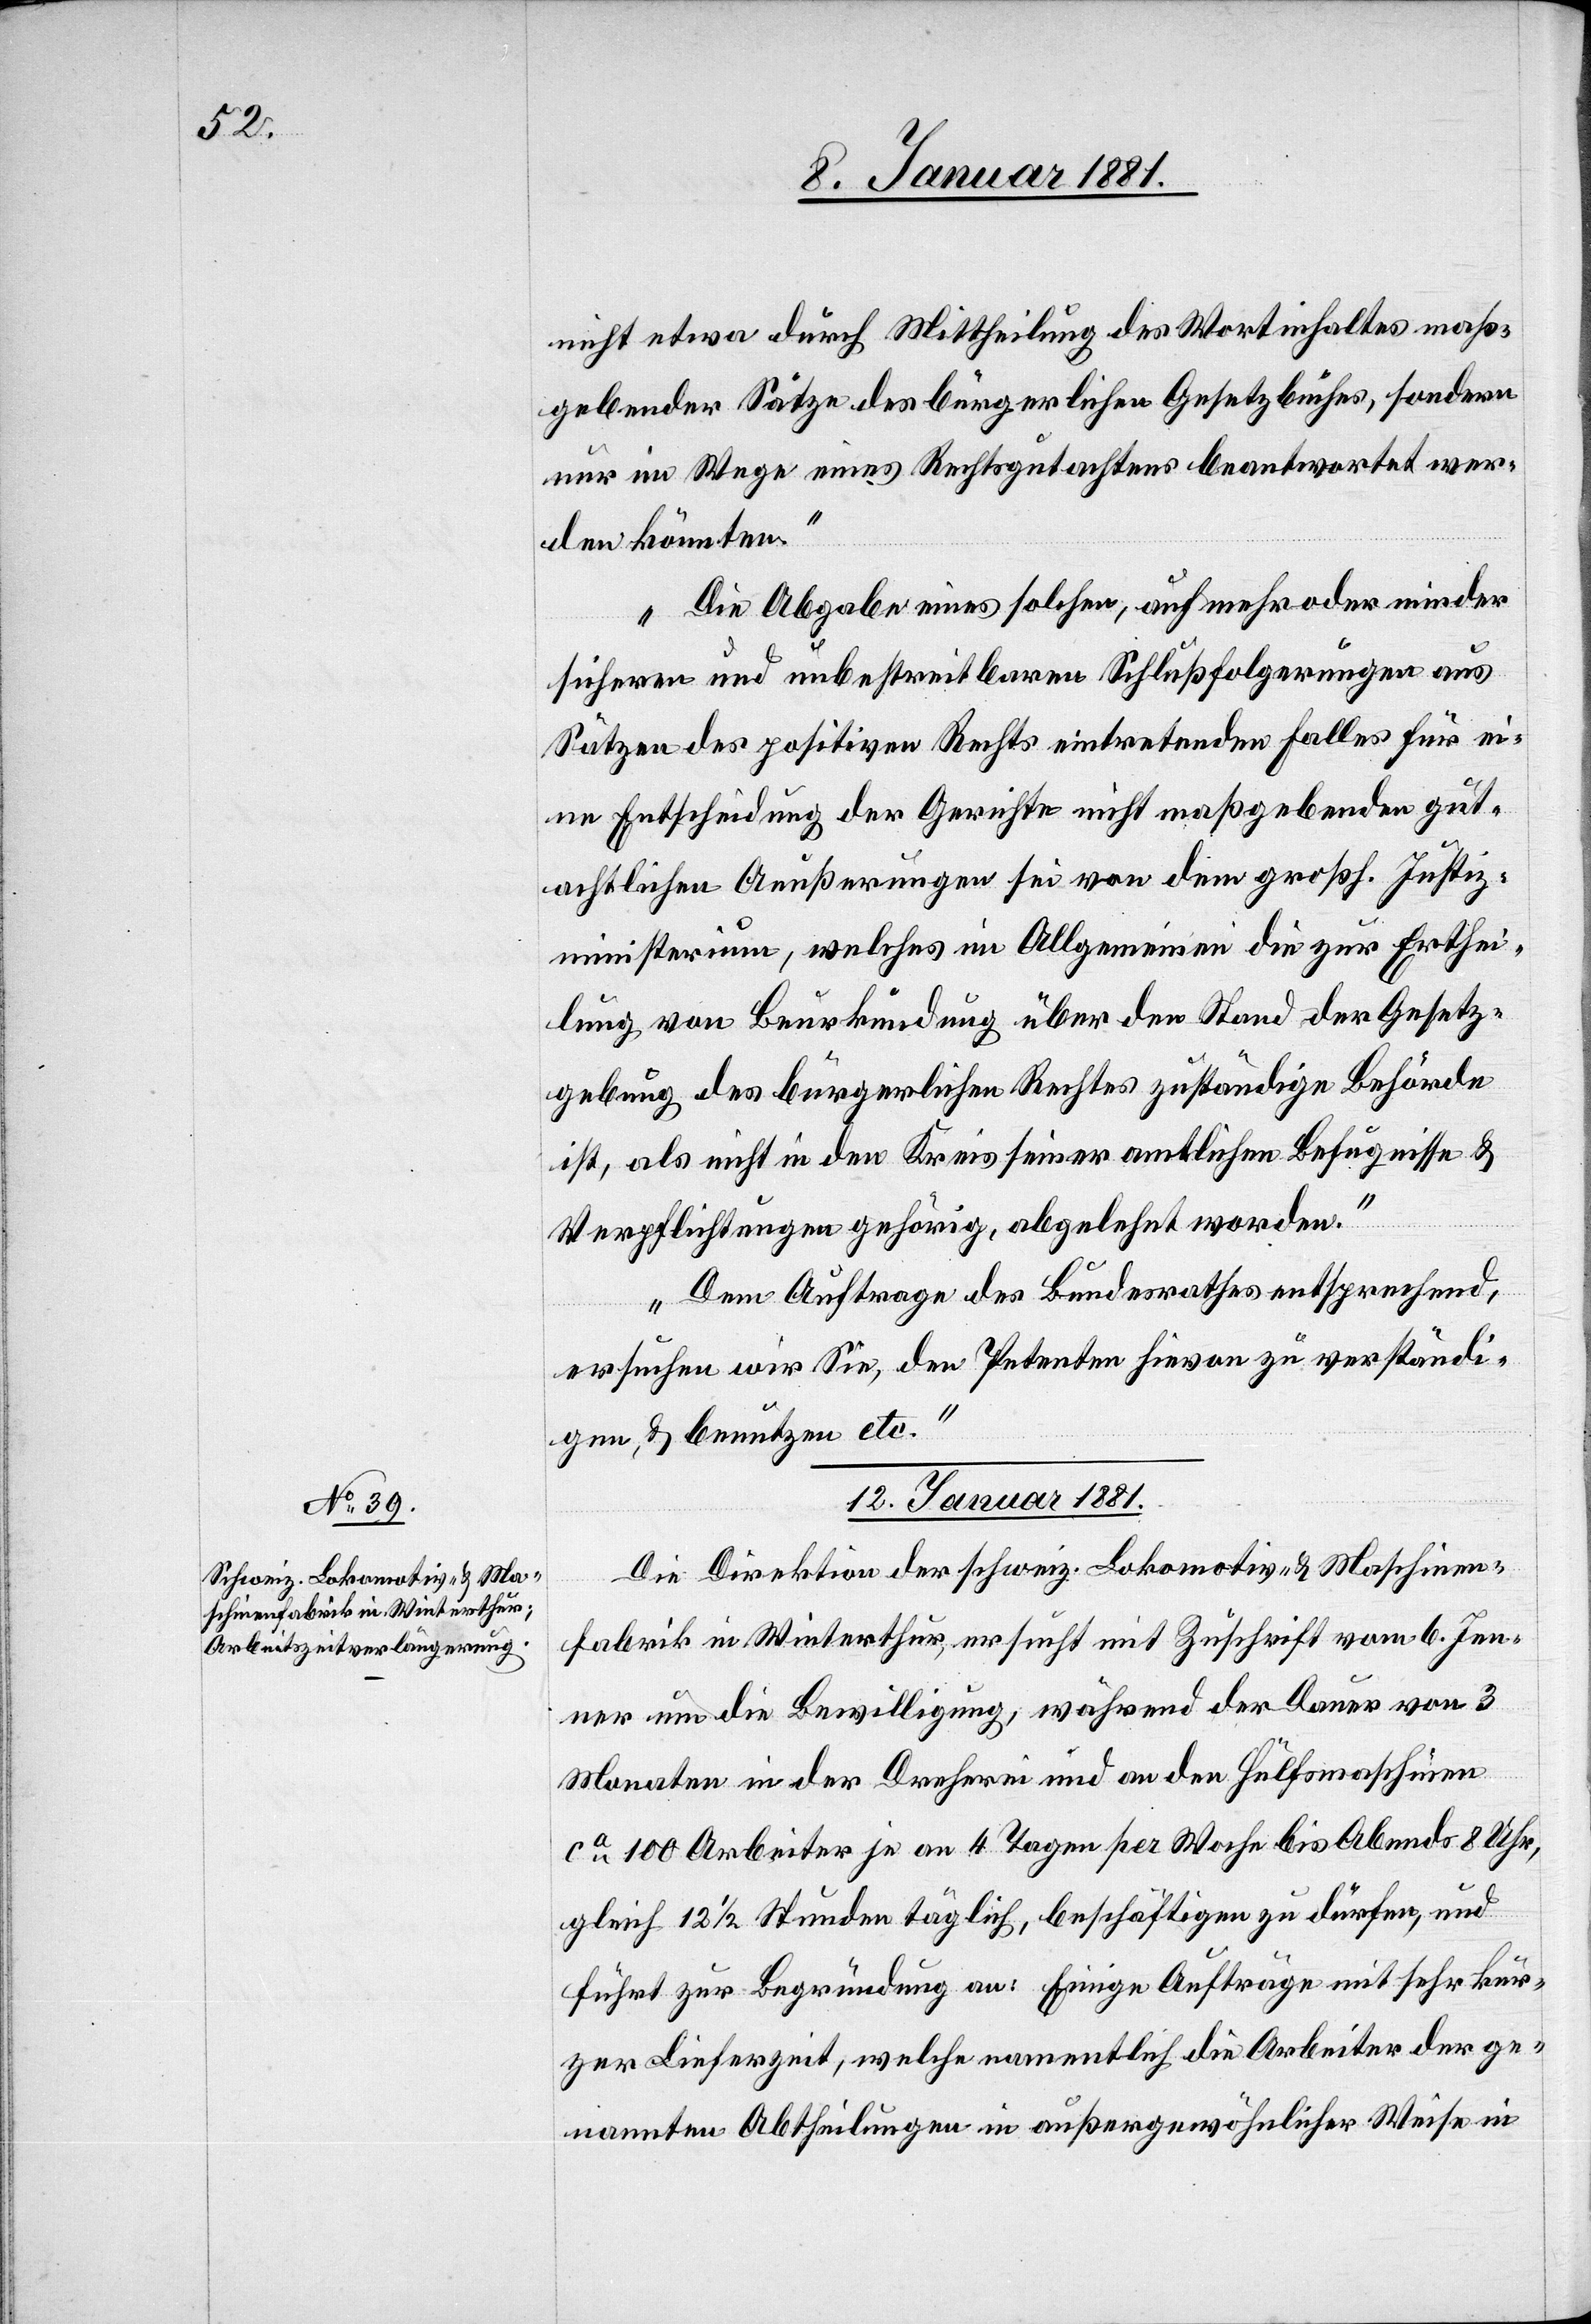
nicht etwa durch Mittheilung des Wortinhaltes maß¬
gebender Sätze des bürgerlichen Gesetzbuches, sondern
den könnten.“
„Die Abgabe eines solchen, auf mehr oder minder
sicheren und unbestreitbaren Schlußfolgerungen aus
Sätzen des positiven Rechts eintretenden Falles für ei¬
ne Entscheidung der Gerichte nicht maßgebenden gut¬
achtlichen Aeußerungen sei von dem großh. Justiz¬
ministerium, welches im Allgemeinen die zur Erthei¬
lung von Beurkundung über den Stand der Gesetz¬
gebung des bürgerlichen Rechtes zuständige Behörde
ist, als nicht in den Kreis seiner amtlichen Befugnisse &
wer¬
Verpflichtungen gehörig, abgelehnt worden.“
„Dem Auftrage des Bundesrathes entsprechend,
ersuchen wir Sie, den Petenten hievon zu verständi¬
gen, & benutzen etc.“
12. Januar 1881.
Die Direktion der schweiz. Lokomotiv- & Maschinen¬
fabrik in Winterthur, ersucht mit Zuschrift vom 6. Jen¬
ner um die Bewilligung, während der Dauer von 3
Monaten in der Dreherei und an den Hülfsmaschinen
ca 100 Arbeiter je an 4 Tagen per Woche bis Abends 8 Uhr,
gleich 12 1/2 Stunden täglich, beschäftigen zu dürfen, und
führt zur Begründung an: Einige Aufträge mit sehr kur¬
zer Lieferzeit, welche namentlich die Arbeiter der ge¬
nannten Abtheilungen in außergewöhnlicher Weise in